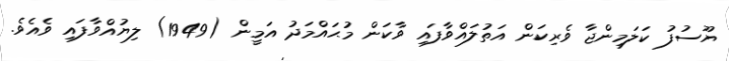
ޔޫސުފު ކަލަމިންޖާ ވެރިކަން އަތުލައްވާފައި ވާކަން މުޙައްމަދު އަމީން (1949) ލިޔުއްވާފައި ވެއެވެ.